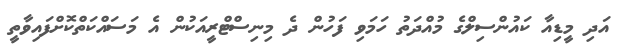
އަދި މީޑިއާ ކައުންސިލްގެ މުއްދަތު ހަމަވި ފަހުން ދެ މިނިސްޓްރީއަކުން އެ މަސައްކަތްކޮށްފައިވާތީ